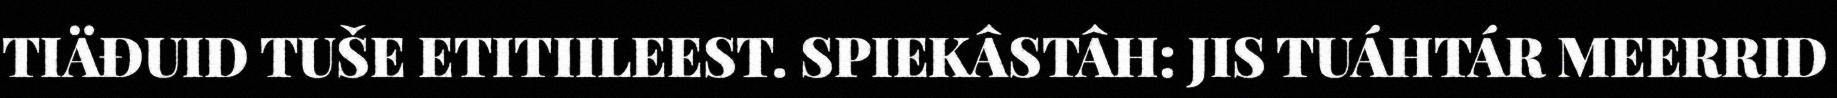
TIÄĐUID TUŠE ETITIILEEST. SPIEKÂSTÂH: JIS TUÁHTÁR MEERRID